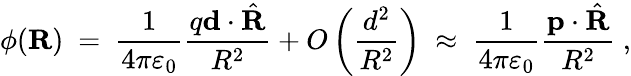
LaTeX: \phi(\mathbf{R})\ =\ {\frac{1}{4\pi\varepsilon_{0}}}{\frac{q\mathbf{d}\cdot{\hat{\mathbf{R}}}}{R^{2}}}+O\left({\frac{d^{2}}{R^{2}}}\right)\ \approx\ {\frac{1}{4\pi\varepsilon_{0}}}{\frac{\mathbf{p}\cdot{\hat{\mathbf{R}}}}{R^{2}}}\ ,